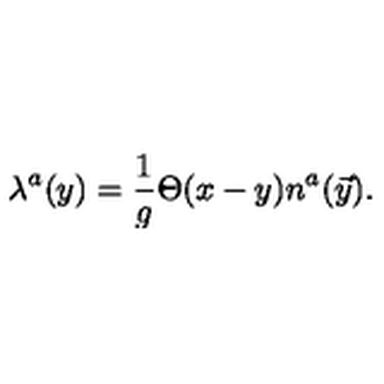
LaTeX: \lambda ^ { a } ( y ) = { \frac { 1 } { g } } \Theta ( x - y ) n ^ { a } ( \vec { y } ) .